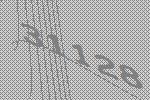
31128